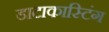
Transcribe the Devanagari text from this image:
डाटाकास्टिंग